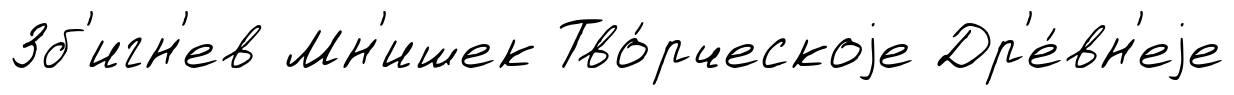
Зб'игн'ев Мн'ишек Тво́рческоjе Др'е́вн'еjе